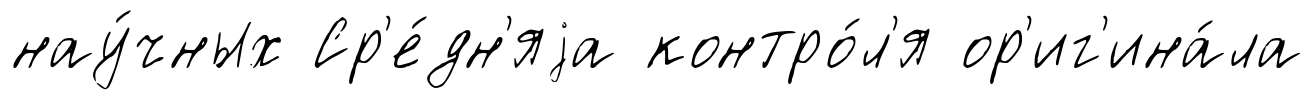
нау́чных Ср'е́дн'яjа контро́л'я ор'иг'ина́ла